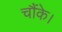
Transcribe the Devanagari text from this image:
चौंके।